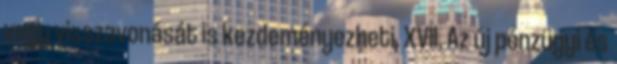
vagy visszavonását is kezdeményezheti. XVII. Az új pénzügyi és